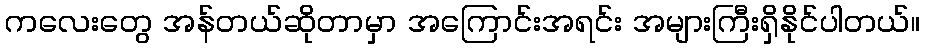
ကလေးတွေ အန်တယ်ဆိုတာမှာ အကြောင်းအရင်း အများကြီးရှိနိုင်ပါတယ်။